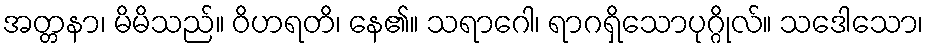
အတ္တနာ၊ မိမိသည်။ ဝိဟရတိ၊ နေ၏။ သရာဂေါ၊ ရာဂရှိသောပုဂ္ဂိုလ်။ သဒေါသော၊